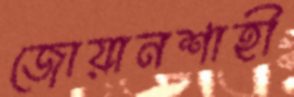
জোয়ানশাহী